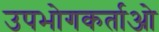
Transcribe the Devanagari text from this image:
उपभोगकर्ताओ